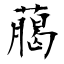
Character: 﨟